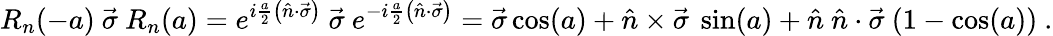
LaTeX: R_{n}(-a)~{\vec{\sigma}}~R_{n}(a)=e^{i{\frac{a}{2}}\left({\hat{n}}\cdot{\vec{\sigma}}\right)}~{\vec{\sigma}}~e^{-i{\frac{a}{2}}\left({\hat{n}}\cdot{\vec{\sigma}}\right)}={\vec{\sigma}}\cos(a)+{\hat{n}}\times{\vec{\sigma}}~\sin(a)+{\hat{n}}~{\hat{n}}\cdot{\vec{\sigma}}~(1-\cos(a))~.